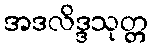
အဒလိဒ္ဒသုတ္တ